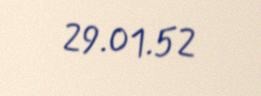
29.01.52